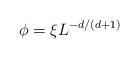
LaTeX: \begin{align*} \phi=\xi L^{-d/(d+1)}\end{align*}